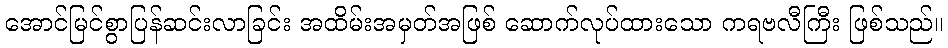
အောင်မြင်စွာပြန်ဆင်းလာခြင်း အထိမ်းအမှတ်အဖြစ် ဆောက်လုပ်ထားသော ကရဗလီကြီး ဖြစ်သည်။